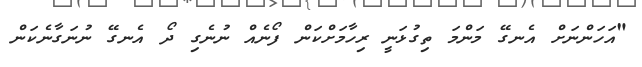
"އަހަންނަށް އެނގޭ މަންމަ ތިގުޅަނީ ރިހާމަށްކަން ފޯނެއް ނުނެގި ދޯ އެނގޭ ނުނަގާނެކަން